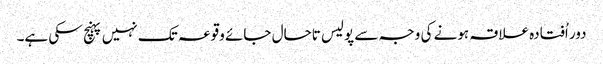
دور اُفتادہ علاقہ ہونے کی وجہ سے پولیس تاحال جائے وقوعہ تک نہیں پہنچ سکی ہے۔